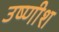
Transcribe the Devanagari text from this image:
उष्णीश